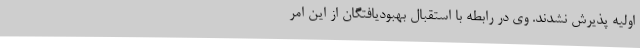
اولیه پذیرش نشدند. وی در رابطه با استقبال بهبودیافتگان از این امر